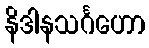
နိဒါနသင်္ဂဟော